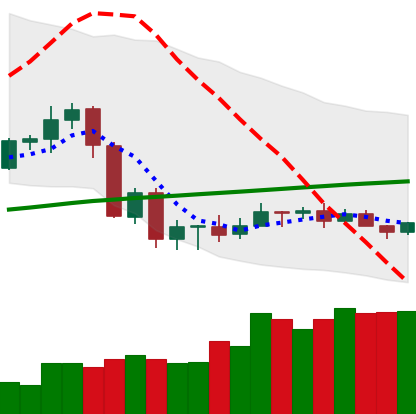
Ticker: ADA-USD
Chart end date: 2020-09-17
Forward return: -13.228%
Label: down_7plus